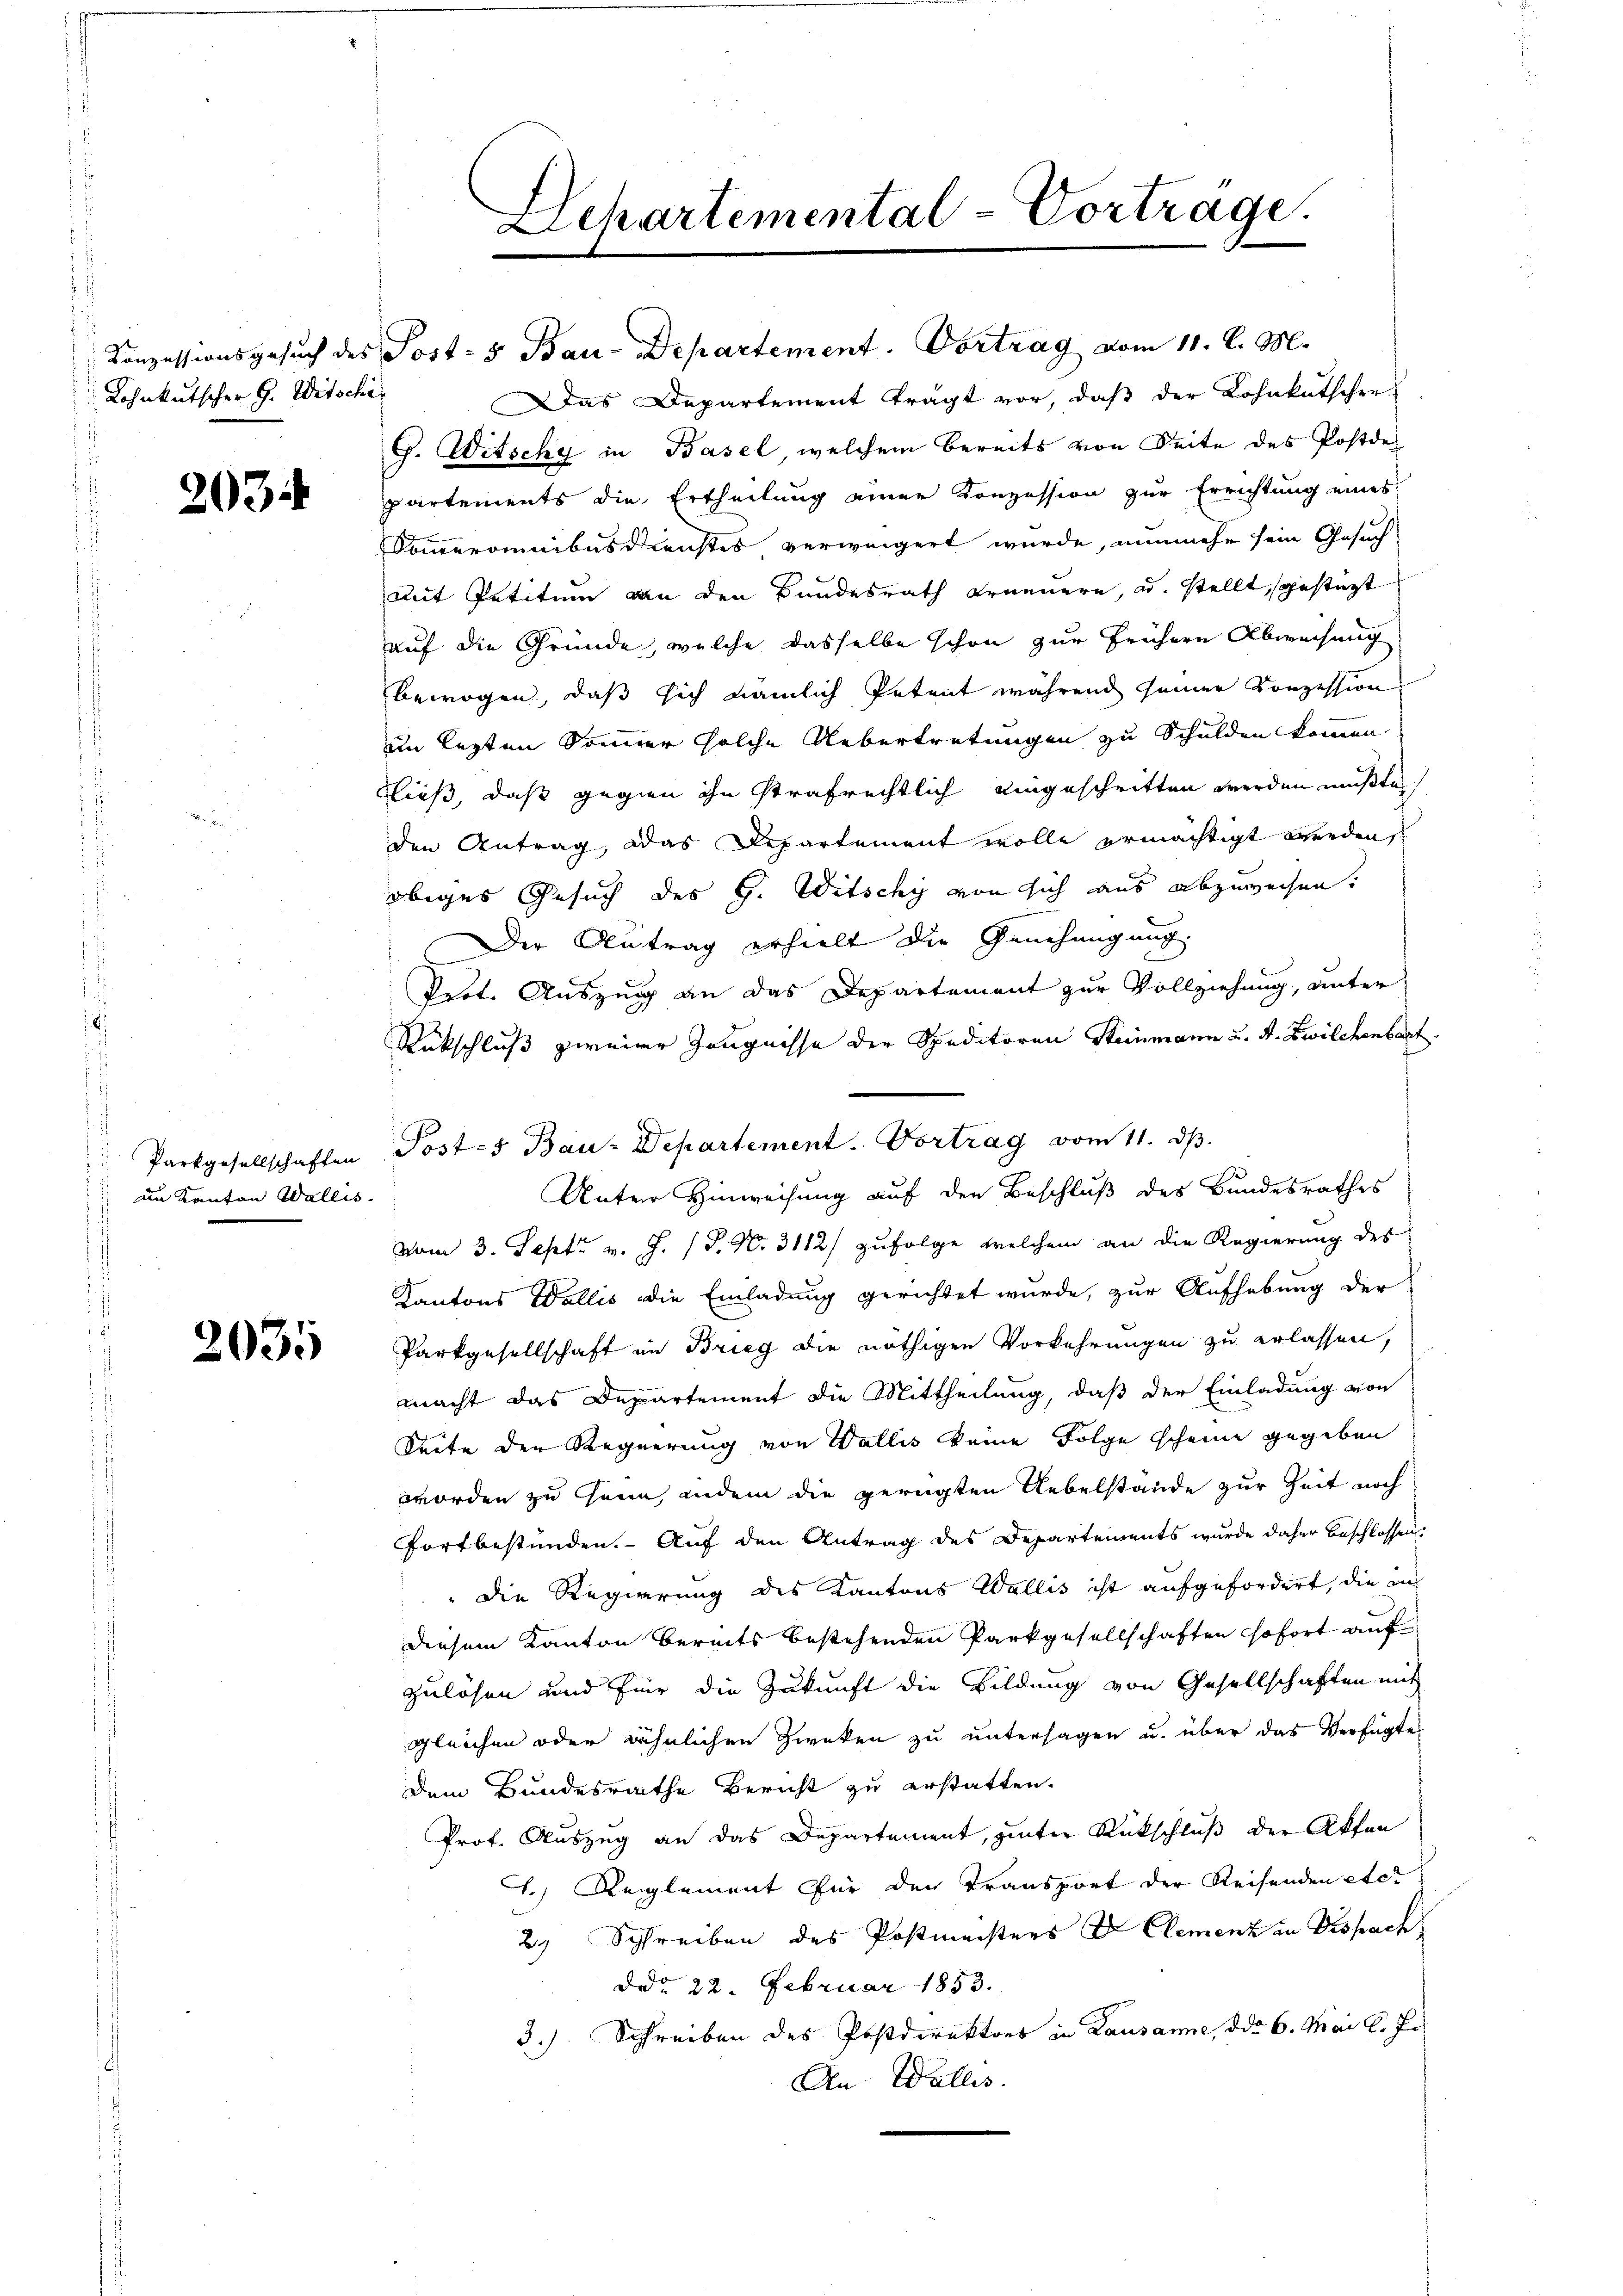
Lohnkutscher G. Witschi

203

im Kanton Wallis.

2035

Conzessionsgesŭch des Post- & Bau-Departement. Vortrag vom 11. l. M.
Das Departement trägt vor, daß der Lohnkutschre
G. Witschy in Basel, welchem bereits von Seite des Postde
partements die Ertheilung einer Konzession zur Errichtung eines
Sommeromnibusdienstes verweigert wurde, nunmehr sein Gesuch
mit Petitum an den Bundesrath Erneuern, u. stellt, gestürzt
auf die Gründe, welche dasselbe schon zur frühern Abweisung
bewogen, daß sich nämlich Petent während seiner Konzession
im lezten Somer solche Uebertretungen zu Schulden kommen.
ließ, daß gegen ihn strafrechtlich eingeschritten werden mußte,
den Antrag, das Departement wolle ermächtigt werden,
obiges Gesuch des G. Witschy von sich aus abzuweisen.
Der Antrag erhielt die Genehmigung.
Prot. Auszug an das Departement zur Vollziehung, unter
Rükschluß zweier Zeugnisse der Speditoren Steinmann u. A. Zwilchenbart.
Parkgesellschaften Post-s Bau-Departement. Vortrag vom 11. dβ.
Unter Hinweisung auf den Beschluß des Bundesrathes
vom 3. Sept v. J. J. N. 3112) zufolge welchem an die Regierung des
Kantons Wallis die Einladung gerichtet wurde, zur Aufhebung der
Parkgesellschaft in Brieg die nöthigen Vorkehrungen zu erlassen,
macht das Departement die Mittheilung, daß der Einladung von
Seite den Regierung von Wallis keine Folge scheine gegeben
worden zu hann, indem die gerügten Uebelstände zur Zeit noch
fortbestünden. Auf den Antrag des Departements wurde daher beschlossen:
" die Regierung des Kantons Wallis ist aufgefordert, die aus
Diesem Kanton bereits bestehenden Parkgesellschaften sofort aufzulösen und für die Zukunft die Bildung von Gesellschaften mit
gleichen oder ähnlichen Zweken zu untersagen u. über das Verfügte
dem Bundesrathe Bericht zu erstatten.
Prof. Auszug an das Departement, guter Rückschluß der Akten
1.) Reglement für den Transport der Reisenden etc.
29 Schreiben des Postmeisters Dr. Clemenz in Dispach
ddo 22. Februar 1853.
3.) Schreiben des Postdirektors in Lausanne, ddo 6. Mai l. J.
An Wallis.

Lchartemental-Vorträge.